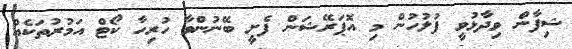
ޝިފާން ވިދާޅުވީ ފުލުހުން މި އޮޕަރޭޝަން ފެށީ ބޭނުންވާ ހުރިހާ ކޯޓް އަމުރުތަކެއް